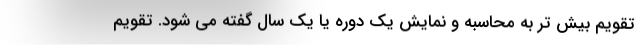
تقویم بیش تر به محاسبه و نمایش یک دوره یا یک سال گفته می شود. تقویم